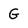
Character: G